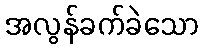
အလွန်ခက်ခဲသော